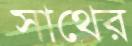
সাথের